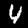
Label: 4